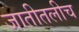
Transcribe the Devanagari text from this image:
जातीतलीच